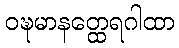
ဝဍ္ဎမာနတ္ထေရဂါထာ